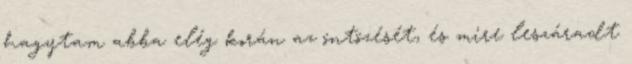
hagytam abba elég korán az öntözését, és mire leszáradt